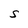
Character: s